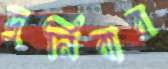
দুর্নিবার